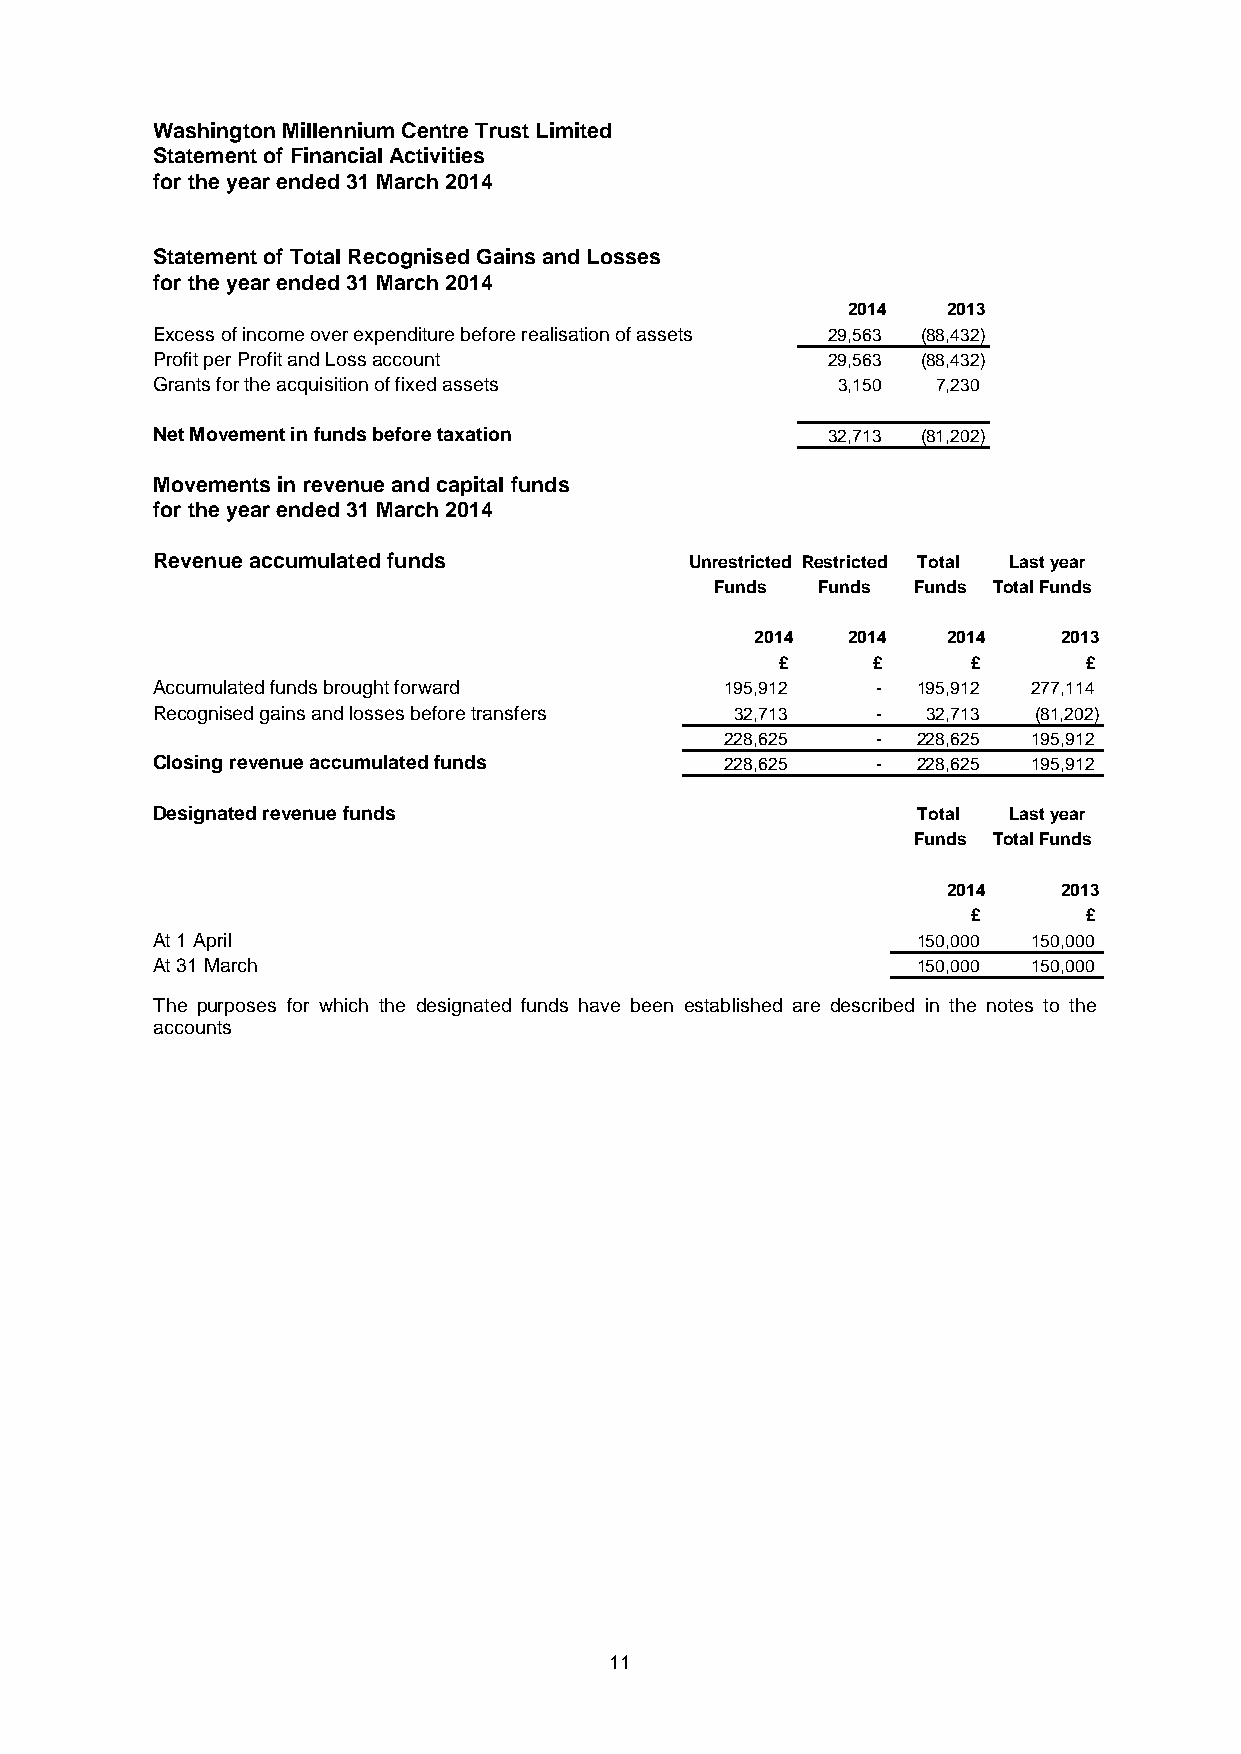
Washington Millennium Centre Trust Limited
 Statement of Financial Activities
 for the year ended 31 March 2014
 Statement of Total Recognised Gains and Losses
 for the year ended 31 March 2014
 2014   2013
 Excess of income over expenditure before realisation of assets 29,563 (88,432)
 Profit per Profit and Loss account           29,563 (88,432)
 Grants for the acquisition of fixed assets   3,150  7,230
 Net Movement in funds before taxation        32,713 (81,202)
 Movements in revenue and capital funds
 for the year ended 31 March 2014
 Revenue accumulated funds           Unrestricted Restricted Total Last year
 Funds  Funds  Funds Total Funds
 2014  2014   2014   2013
 £     £     £       £
 Accumulated funds brought forward     195,912   -  195,912 277,114
 Recognised gains and losses before transfers 32,713 - 32,713 (81,202)
 228,625   -  228,625 195,912
 Closing revenue accumulated funds     228,625   -  228,625 195,912
 Designated revenue funds                           Total Last year
 Funds Total Funds
 2014   2013
 £       £
 At 1 April                                         150,000 150,000
 At 31 March                                        150,000 150,000
 The purposes for which the designated funds have been established are described in the notes to the
 accounts
 11